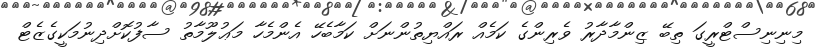
މިނިނިސްޓްރީގަ ތިބޭ ޒިންމާދާރު ވެރިންގެ ކަމެއް ރައްޔިތުންނަށް ކަމާބެހޭ އެންމެހާ މަޢުލޫމާތު ސާފުކޮށްދިނުމަކީގެޒެޓް